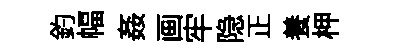
釣幅姦画牢隐正養柙